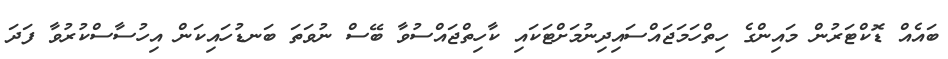
ބައެއް ޑޮކްޓަރުން މައިންގެ ހިތްހަމަޖައްސައިދިނުމަށްޓަކައި ކާހިތްޖައްސުވާ ބޭސް ނުވަތަ ބަނޑުހައިކަން އިހުސާސްކުރުވާ ފަދަ